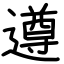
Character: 遵